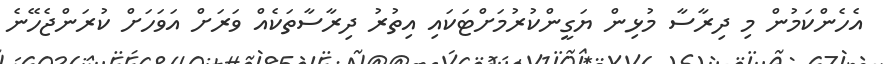
އެހެންކަމުން މި ދިރާސާ މުޅިން ޔަގީންކުރުމަށްޓަކައި އިތުރު ދިރާސާތަކެއް ވަރަށް އަވަހަށް ކުރަންޖެހޭނެ